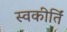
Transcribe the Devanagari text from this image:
स्वकीर्तिं